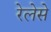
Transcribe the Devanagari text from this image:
रेलेसे